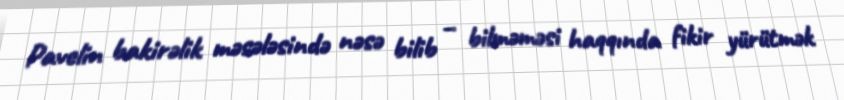
Pavelin bakirəlik məsələsində nəsə bilib – bilməməsi haqqında fikir yürütmək